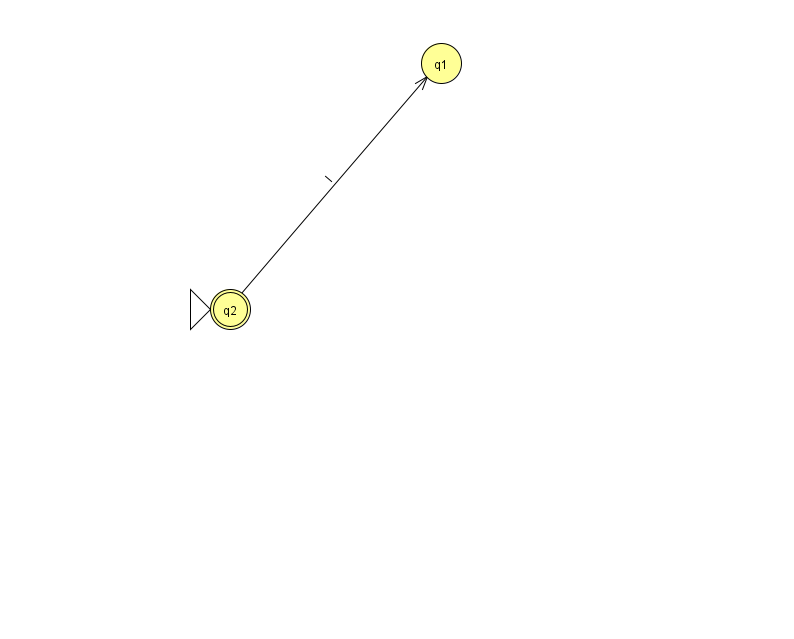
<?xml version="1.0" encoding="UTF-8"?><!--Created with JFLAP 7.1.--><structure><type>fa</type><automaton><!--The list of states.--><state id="1" name="q1"><x>441.0</x><y>50.0</y></state><state id="2" name="q2"><x>230.0</x><y>296.0</y><initial/><final/></state><!--The list of transitions.--><transition><from>2</from><to>1</to><read>I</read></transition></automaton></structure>